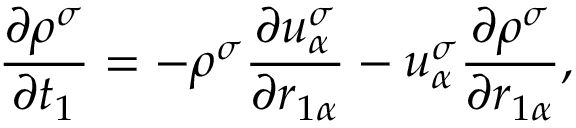
\frac { \partial \rho ^ { \sigma } } { \partial t _ { 1 } } = - \rho ^ { \sigma } \frac { \partial u _ { \alpha } ^ { \sigma } } { \partial r _ { 1 \alpha } } - u _ { \alpha } ^ { \sigma } \frac { \partial \rho ^ { \sigma } } { \partial r _ { 1 \alpha } } ,